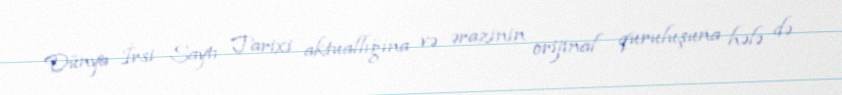
Dünya İrsi Saytı Tarixi aktuallığına və ərazinin orijinal quruluşuna hələ də